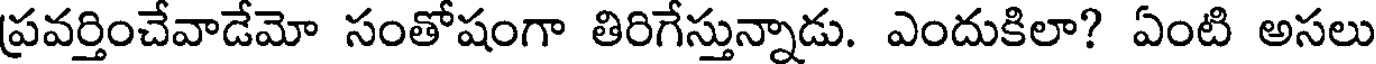
ప్రవర్తించేవాడేమో సంతోషంగా తిరిగేస్తున్నాడు. ఎందుకిలా? ఏంటి అసలు